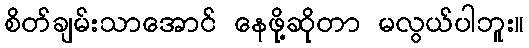
စိတ်ချမ်းသာအောင် နေဖို့ဆိုတာ မလွယ်ပါဘူး။